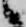
候